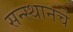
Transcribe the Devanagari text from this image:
सन्स्थानचे